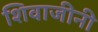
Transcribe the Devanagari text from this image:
शिवाजीनी